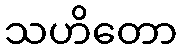
သဟိတော